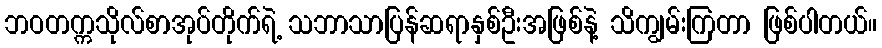
ဘဝတက္ကသိုလ်စာအုပ်တိုက်ရဲ့ သဘာသာပြန်ဆရာနှစ်ဦးအဖြစ်နဲ့ သိကျွမ်းကြတာ ဖြစ်ပါတယ်။